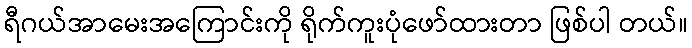
ရီဂယ်အာမေးအကြောင်းကို ရိုက်ကူးပုံဖော်ထားတာ ဖြစ်ပါ တယ်။